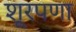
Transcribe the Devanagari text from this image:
शूरपणा